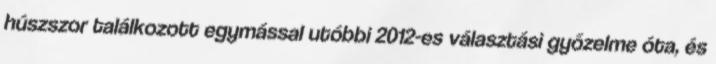
húszszor találkozott egymással utóbbi 2012-es választási győzelme óta, és